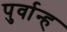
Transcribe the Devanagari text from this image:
पुर्वान्ह